Papers set at the Examination for Leaving Certificates, 1892
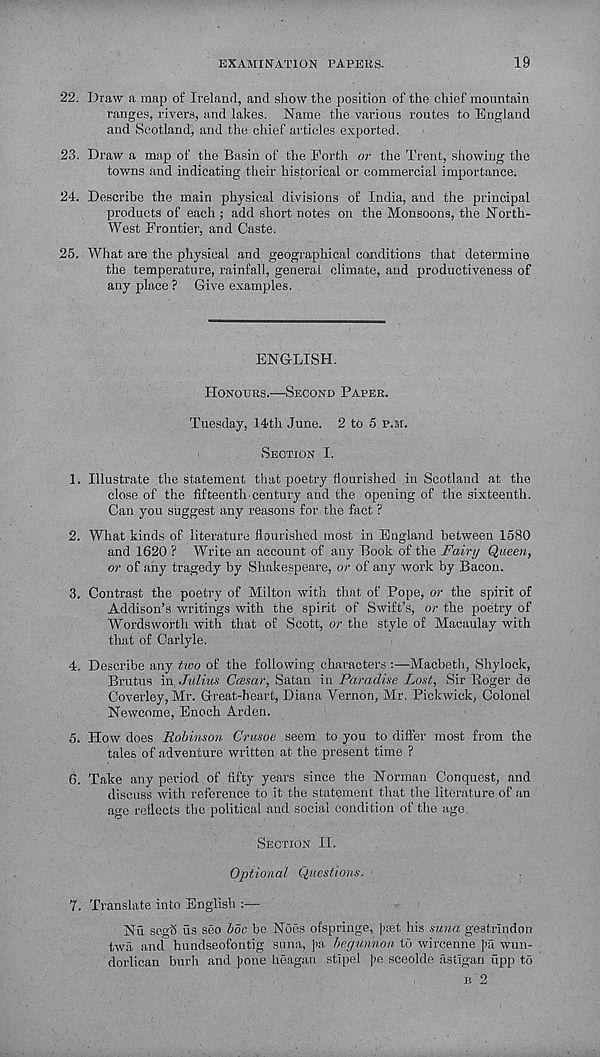
EXAMINATION PAPERS.
19
22. Draw a map of Ireland, and show the position of the chief mountain
ranges, rivers, and lakes. Name the various routes to England
and Scotland, and the chief articles exported.
23. Draw a map of the Basin of the Forth or the Trent, showing the
towns and indicating their historical or commercial importance.
24. Describe the main physical divisions of India, and the principal
products of each ; add short notes on the Monsoons, the North-
West Frontier, and Caste.
25. What are the physical and geographical conditions that determine
the temperature, rainfall, general climate, and productiveness of
any place ? Give examples.
ENGLISH.
HONOURS.—SECOND PAPER.
Tuesday, 14th June. 2 to 5 P.M.
SECTION I.
1. Illustrate the statement that poetry flourished in Scotland at the
close of the fifteenth century and the opening of the sixteenth.
Can you suggest any reasons for the fact ?
2. What kinds of literature flourished most in England between 1580
and 1620 ? Write an account of any Book of the Fairy Queen,
or of any tragedy by Shakespeare, or of any work by Bacon.
3. Contrast the poetry of Milton with that, of Pope, or the spirit of
Addison’s writings with the spirit of Swift’s, or the poetry of
Wordsworth with that of Scott, or the style of Macaulay with
that of Carlyle.
4. Describe any two of the following characters :—Macbeth, Shylock,
Brutus in, Julius Ccesar, Satan in Paradise Lost, Sir Roger de
Coverley, Mr. Great-heart, Diana Vernon, Mr, Pickwick, Colonel
Newcome, Enoch Arden.
5. How does Robinson Crusoe seem to you to differ most from the
tales of adventure written at the present time ?
6. Take any period of fifty years since the Norman Conquest, and
discuss with reference to it the statement that the literature of an
age reflects the political and social condition of the ago.
SECTION II.
Optional Questions.
7. Translate into English :—
Nu segfi us seo boc be Noes ofspringe, ]>8et his suna gestrindon
twa and hundseofontig suna, ]>a begunnon to wireenne ]>;I wun-
dorlican burh and ]>one heagan stipel ]>e sceolde astigan upp td
I! 2